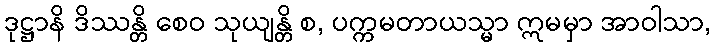
ဒုဋ္ဌာနိ ဒိဿန္တိ စေဝ သုယျန္တိ စ, ပက္ကမတာယသ္မာ ဣမမှာ အာဝါသာ,